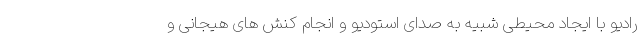
رادیو با ایجاد محیطی شبیه به صدای استودیو و انجام کنش های هیجانی و